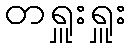
တရှူးရှူး